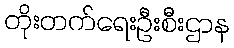
တိုးတက်ရေးဦးစီးဌာန